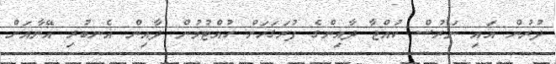
ދުރުން އައި ނަރުސް ކުއްޖާ ދާއިންގެ ފުރަގަހަށް ހުއްޓުމުން ދާއިން އެނބުރި އޭނާއަށް